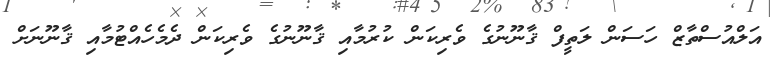
އަލްއުސްތާޒް ހަސަން ލަތީފް ޤާނޫނުގެ ވެރިކަން ކުރުމާއި ޤާނޫނުގެ ވެރިކަން ދެމެހެއްޓުމާއި ޤާނޫނަށް